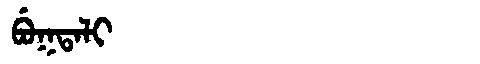
Manchu: ᠪᡠᡴᡨᠠᠯᡳ
Romanization: BUKTALI